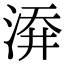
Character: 㴁